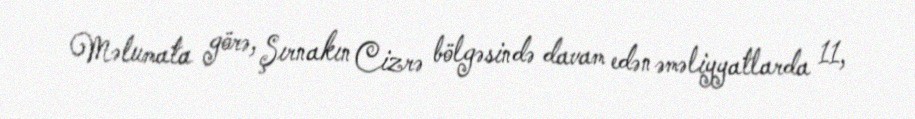
Məlumata görə, Şırnakın Cizrə bölgəsində davam edən əməliyyatlarda 11,